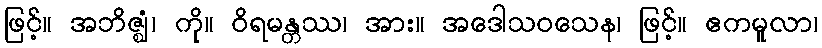
ဖြင့်။ အဘိဇ္ဈံ၊ ကို။ ဝိရမန္တဿ၊ အား။ အဒေါသဝသေန၊ ဖြင့်။ ဧကမူလာ၊